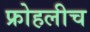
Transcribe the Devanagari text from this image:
फ्रोहलीच